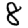
Digit: 8